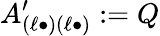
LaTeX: A_{(\ell\bullet)(\ell\bullet)}^{\prime}:=Q